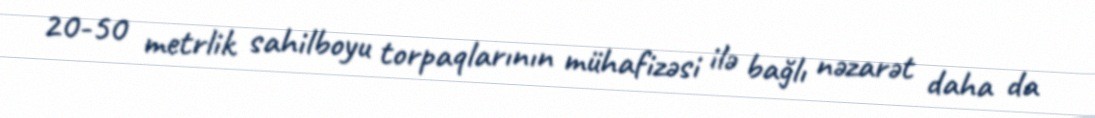
20-50 metrlik sahilboyu torpaqlarının mühafizəsi ilə bağlı nəzarət daha da